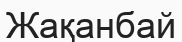
Жақанбай